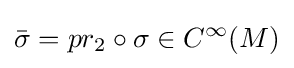
{\bar {\sigma }}=pr_{2}\circ \sigma \in C^{\infty }(M)